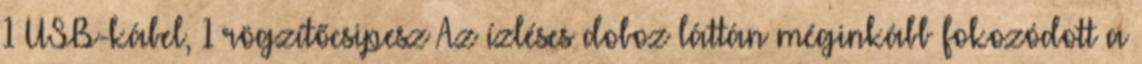
1×USB-kábel, 1×rögzítőcsipesz Az ízléses doboz láttán méginkább fokozódott a